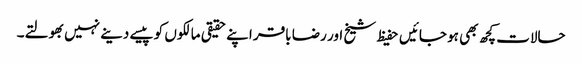
حالات کچھ بھی ہو جائیں حفیظ شیخ اور رضا باقر اپنے حقیقی مالکوں کو پیسے دینے نہیں بھولتے۔